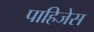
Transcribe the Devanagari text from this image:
पाहिजेस